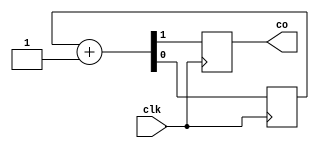
module freq_div #(
    parameter width = 10
) (
    input clk,
    output reg co
);
  reg count;
  initial begin
    co = 0;
    count = 0;
  end
  //   reg [width-1:0] count;
  always @(posedge clk) begin
    // co <= ~co;
    {co, count} <= count + 1;
  end
endmodule